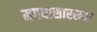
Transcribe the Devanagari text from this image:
मगधासारख्या